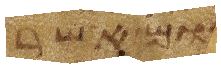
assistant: ואשר